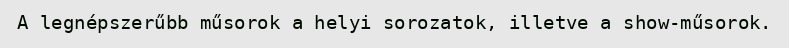
A legnépszerűbb műsorok a helyi sorozatok, illetve a show-műsorok.